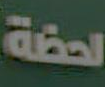
لحظة